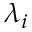
\lambda _ { i }